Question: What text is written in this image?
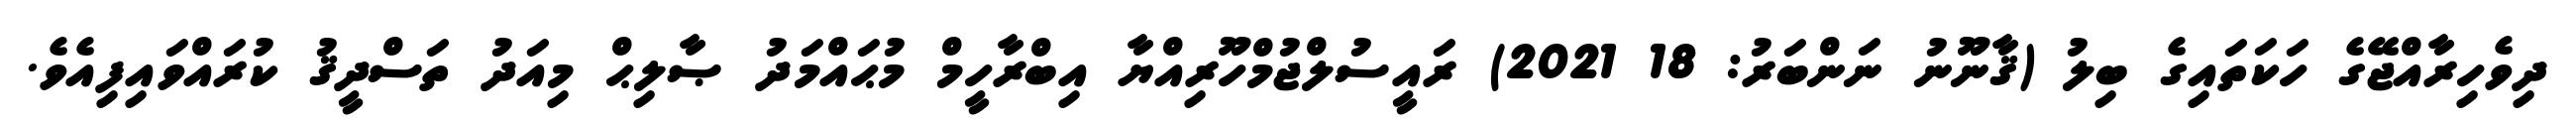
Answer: ދިވެހިރާއްޖޭގެ ހަކަތައިގެ ބިލު (ޤާނޫނު ނަންބަރު: 18 2021) ރައީސުލްޖުމްހޫރިއްޔާ އިބްރާހީމް މުޙައްމަދު ޞާލިޙް މިއަދު ތަސްދީޤު ކުރައްވައިފިއެވެ.